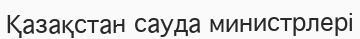
Қазақстан сауда министрлері